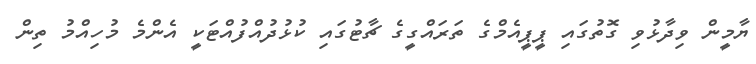
ޔާމީން ވިދާޅުވި ގޮތުގައި ޕީޕީއެމްގެ ތަރައްގީގެ ޗާޓުގައި ކުޅުދުއްފުއްޓަކީ އެންމެ މުހިއްމު ތިން